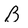
Character: B